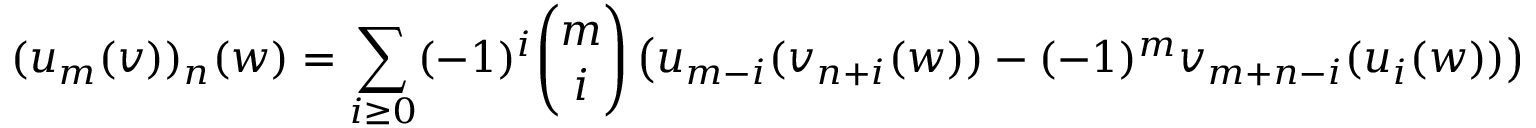
( u _ { m } ( v ) ) _ { n } ( w ) = \sum _ { i \geq 0 } ( - 1 ) ^ { i } { \binom { m } { i } } \left( u _ { m - i } ( v _ { n + i } ( w ) ) - ( - 1 ) ^ { m } v _ { m + n - i } ( u _ { i } ( w ) ) \right)